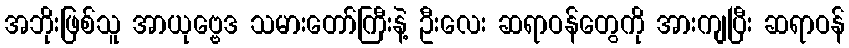
အဘိုးဖြစ်သူ အာယုဗ္ဗေဒ သမားတော်ကြီးနဲ့ ဦးလေး ဆရာဝန်တွေကို အားကျပြီး ဆရာဝန်